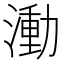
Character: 𬈭